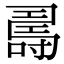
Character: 𠾉